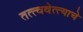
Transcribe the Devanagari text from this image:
तत्त्ववेत्त्याचे